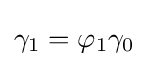
\gamma _{1}=\varphi _{1}\gamma _{0}